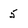
Character: 5